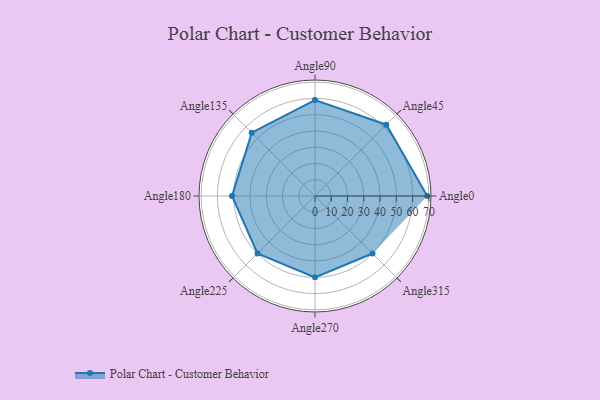
{"axis": {"x": "Angle", "y": "Radius"}, "legend": [""], "data": [{"x": "Angle0", "y": 69.0, "type": ""}, {"x": "Angle45", "y": 62.0, "type": ""}, {"x": "Angle90", "y": 59.0, "type": ""}, {"x": "Angle135", "y": 55.0, "type": ""}, {"x": "Angle180", "y": 51.0, "type": ""}, {"x": "Angle225", "y": 50, "type": ""}, {"x": "Angle270", "y": 50.0, "type": ""}, {"x": "Angle315", "y": 50, "type": ""}]}